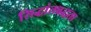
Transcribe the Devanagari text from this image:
सिद्धांतबद्धता